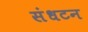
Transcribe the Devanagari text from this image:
संधटन